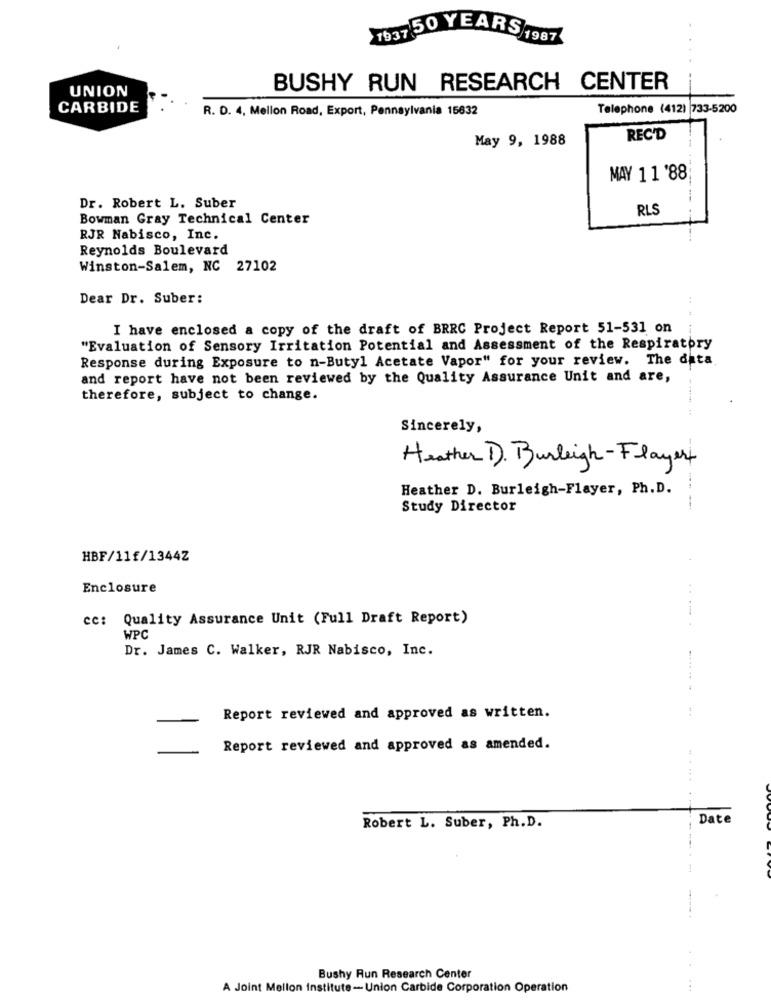
7637 50 YEARS 1987
UNION
BUSHY RUN RESEARCH CENTER
CARBIDE
R. D. 4, Mellon Road, Export, Pennsylvania 15632
Telephone (412) 733-5200
May 9, 1988
REC'D
MAY 11 '88;
Dr. Robert L. Suber
RLS
Bowman Gray Technical Center
RJR Nabisco, Inc.
Reynolds Boulevard
Winston-Salem, NC 27102
Dear Dr. Suber:
I have enclosed a copy of the draft of BRRC Project Report 51-531 on
"Evaluation of Sensory Irritation Potential and Assessment of the Respiratory
Response during Exposure to n-Butyl Acetate Vapor" for your review. The data
and report have not been reviewed by the Quality Assurance Unit and are,
therefore, subject to change.
Sincerely,
Heather D). Burleigh- Flayers
Heather D. Burleigh-Flayer, Ph.D.
Study Director
HBF/11f/1344Z
Enclosure
cc: Quality Assurance Unit (Full Draft Report)
WPC
Dr. James C. Walker, RJR Nabisco, Inc.
Report reviewed and approved as written.
Report reviewed and approved as amended.
Date
Robert L. Suber, Ph.D.
Bushy Run Research Center
A Joint Mellon institute-Union Carbide Corporation Operation